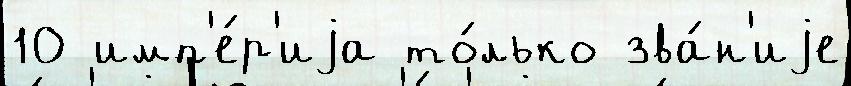
10 имп'е́р'иjа то́лько зва́н'иjе